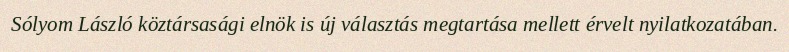
Sólyom László köztársasági elnök is új választás megtartása mellett érvelt nyilatkozatában.